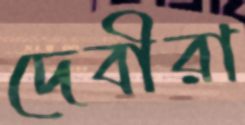
দেবীরা